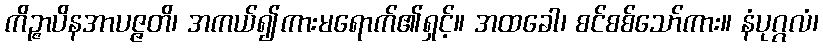
ကိဉ္ဇာပိနအာပဇ္ဇတိ၊ အကယ်၍ကားမရောက်၏ရှင့်။ အထခေါ၊ စင်စစ်သော်ကား။ နံပုဂ္ဂလံ၊